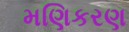
મણિકરણ